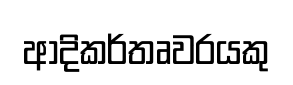
ආදිකර්තෘවරයකු